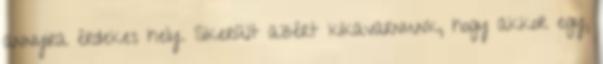
annyira érdekes hely. Sikerült azért kikavarnunk, hogy akkor egy,